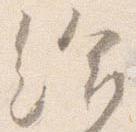
給